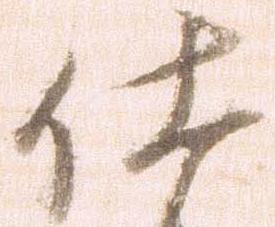
仕